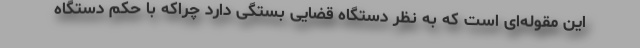
این مقوله‌ای است که به نظر دستگاه قضایی بستگی دارد چراکه با حکم دستگاه